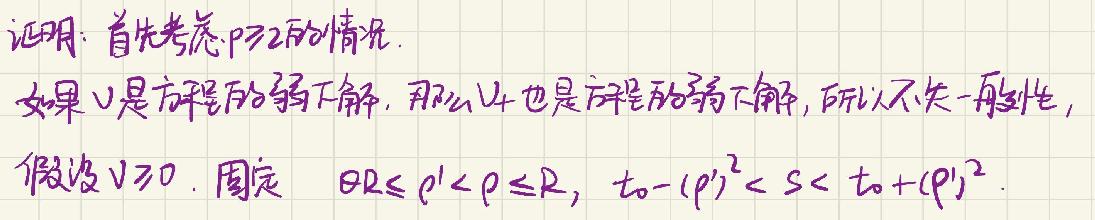
证明：首先考虑 \( p \geq 2 \) 的情况.
如果 \( v \) 是方程的弱下解，那么 \( |v| \) 也是方程的弱下解，所以不失一般性，
假设 \( v \geq 0 \). 固定 \( 0 \leq \rho' < \rho \leq R \), \( t_0 - (\rho')^2 < s < t_0 + (\rho')^2 \).